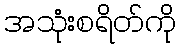
အသုံးစရိတ်ကို